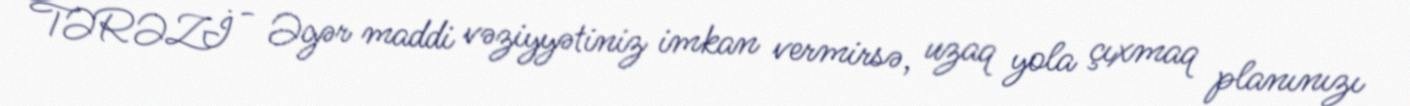
TƏRƏZİ - Əgər maddi vəziyyətiniz imkan vermirsə, uzaq yola çıxmaq planınızı